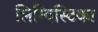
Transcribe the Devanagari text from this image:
लिग्विस्टिका